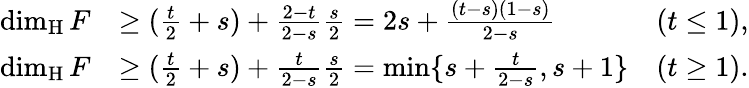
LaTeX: \begin{array}{rlr}{\dim_{\mathrm{H}}F}&{\geq(\frac{t}{2}+s)+\frac{2-t}{2-s}\frac{s}{2}=2s+\frac{(t-s)(1-s)}{2-s}}&{(t\le 1),}\\ {\dim_{\mathrm{H}}F}&{\geq(\frac{t}{2}+s)+\frac{t}{2-s}\frac{s}{2}=\operatorname*{min}\{ s+\frac{t}{2-s},s+1\} }&{(t\ge 1).}\end{array}